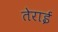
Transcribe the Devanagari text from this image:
तेराई